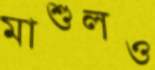
মাশুলও